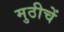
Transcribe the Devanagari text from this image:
मुठीचें